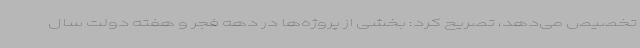
تخصیص می‌دهد، تصریح کرد: بخشی از پروژه‌ها در دهه فجر و هفته دولت سال